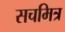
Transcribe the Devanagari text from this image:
सचमित्र